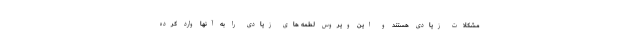
مشکلات زیادی هستند و این ویروس لطمه های زیادی را به آنها وارد کرده